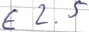
Text: E 2.5